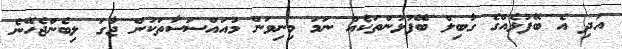
އަދި އެ ބޭފުޅެއްގެ ގާބިލް ބޭފުޅުންތަކެއް ނަމަ މިނިވަން މުއައްސަސާތަކުން ޖާގަ ލިބެންޖެހޭނެ